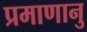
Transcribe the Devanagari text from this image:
प्रमाणानु